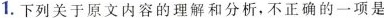
1.下列关于原文内容的理解和分析，不正确的一项是